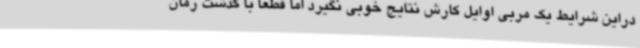
دراین شرایط یک مربی اوایل کارش نتایج خوبی نگیرد اما قطعا با گذشت زمان